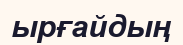
ырғайдың